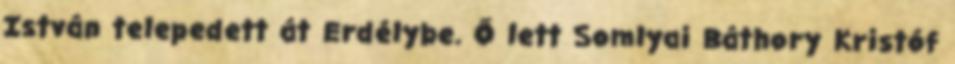
István telepedett át Erdélybe. Ő lett Somlyai Báthory Kristóf